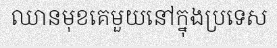
ឈានមុខគេមួយនៅក្នុងប្រទេស